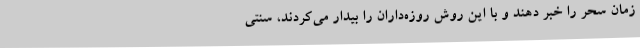
زمان سحر را خبر دهند و با این روش روزه‌داران را بیدار می‌کردند، سنتی